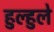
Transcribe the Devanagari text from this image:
हुल्हुले